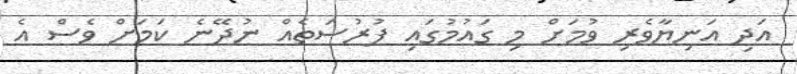
އަދި އަނިޔާވެރި ވުމަށް މި ގައުމުގައި ފުރުސަތެއް ނުދޭނެ ކަމަށް ވެސް އެ